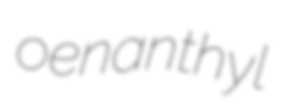
oenanthyl